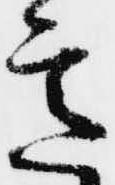
意